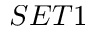
S E T 1